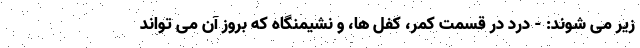
زیر می شوند: - درد در قسمت کمر، کفل ها، و نشیمنگاه که بروز آن می تواند